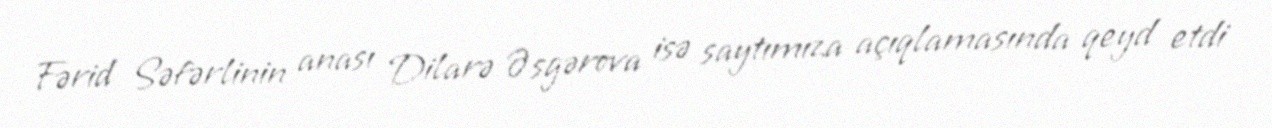
Fərid Səfərlinin anası Dilarə Əsgərova isə saytımıza açıqlamasında qeyd etdi